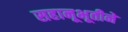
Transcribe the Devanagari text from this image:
सहानूभूतीने